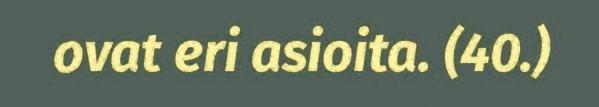
ovat eri asioita. (40.)